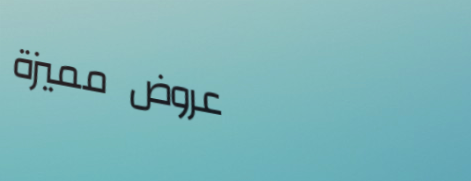
عروض مميزة